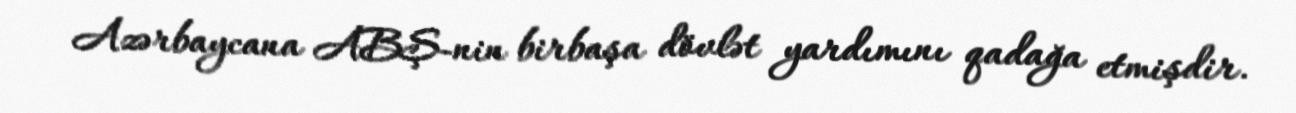
Azərbaycana ABŞ-nin birbaşa dövlət yardımını qadağa etmişdir.